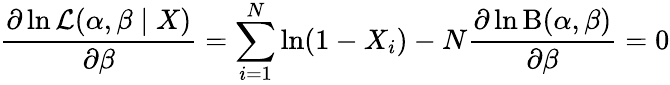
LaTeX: {\frac{\partial\ln{\mathcal{L}}(\alpha,\beta\mid X)}{\partial\beta}}=\sum_{i=1}^{N}\ln(1-X_{i})-N{\frac{\partial\ln\mathrm{B}(\alpha,\beta)}{\partial\beta}}=0